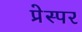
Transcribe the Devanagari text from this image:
प्रेस्पर